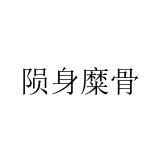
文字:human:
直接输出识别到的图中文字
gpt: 陨身糜骨